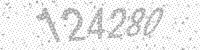
Solution: 124280